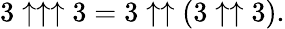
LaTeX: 3\uparrow\uparrow\uparrow 3=3\uparrow\uparrow(3\uparrow\uparrow 3).